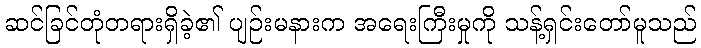
ဆင်ခြင်တုံတရားရှိခဲ့၏ ပျဉ်းမနားက အရေးကြီးမှုကို သန့်ရှင်းတော်မူသည်